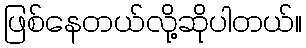
ဖြစ်နေတယ်လို့ဆိုပါတယ်။